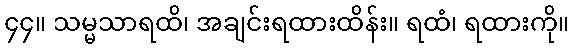
၄၄။ သမ္မသာရထိ၊ အချင်းရထားထိန်း။ ရထံ၊ ရထားကို။